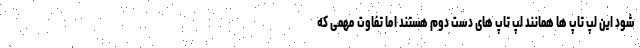
شود این لپ تاپ ها همانند لپ تاپ های دست دوم هستند اما تفاوت مهمی که